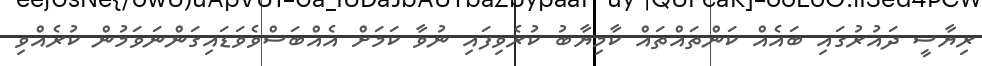
ރިޔާސީ ދައުރުގައި ބައެއް ކަންތައްތައް ކާމިޔާބު ކުރެވިފައި ނުވާ ކަމަށް އެއްބަސްވެވަޑައިގަންނަވަމުން ކުރެއްވި